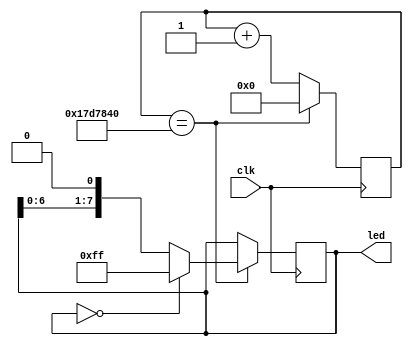
/*******************************************************************
**FPGA
**www.OurFPGA.com
**OurFPGA.taobao.com
**: OurFPGA@gmail.com
**FPGA
*************************************************************
**   2011.06.01
**     version 1.0
**   led
********************************************************************/


module led_water(led,clk);// 
output[8:1]led;				// 
input clk; // 50M 
reg[8:1] led;//led_out 

reg[24:0] counter;//led_out 
//assign led=8'b11111111;
always@(posedge clk)
begin
    counter<=counter+1;
	if(counter==25'd25000000)
	begin
		led<=led<<1;// led 0 
		counter<=0;//0
		if(led==8'b0000_0000)//,,80
		led<=8'b1111_1111;//1,
	end
	
end
endmodule